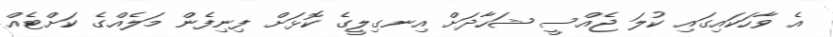
އެ ވާހަކައިގައި ކުލަ ޖެއްސީ ޝަހާދަށް އިނގިލީގެ ކޮޅަށް ފިނިފެން މަލެއްގެ ކަށްޓެއް